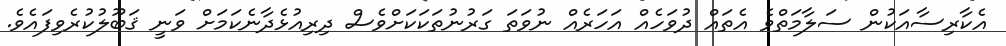
އެކާރިސާއަކުން ސަލާމަތްވެ އެތައް ދުވަހެއް އަހަރެއް ނުވަތަ ގަރުނުތަކަކަށްވެސް ދިރިއުޅެދާނެކަމަށް ވަނީ ޤަބޫލުކުރެވިފައެވެ.